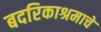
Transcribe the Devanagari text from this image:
बदरिकाश्रमाचे